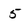
Character: 5